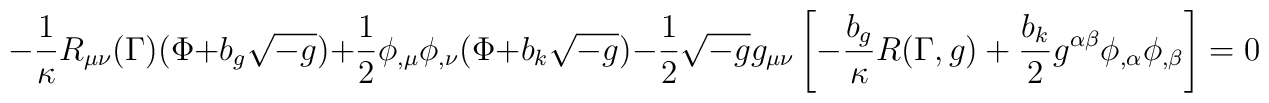
-\frac{1}{\kappa}R_{\mu\nu}(\Gamma)(\Phi +b_{g}\sqrt{-g})+\frac{1}{2}\phi_{,\mu}\phi_{,\nu}(\Phi +b_{k}\sqrt{-g})-\frac{1}{2}\sqrt{-g}g_{\mu\nu}\left[-\frac{b_{g}}{\kappa}R(\Gamma ,g)+\frac{b_{k}}{2}g^{\alpha\beta}\phi_{,\alpha}\phi_{,\beta}\right]=0